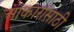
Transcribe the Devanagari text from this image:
आकारांसाठी